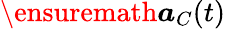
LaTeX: \ensuremath{\boldsymbol{a}}_{C}(t)